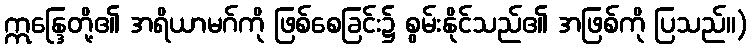
ဣန္ဒြေတို့၏ အရိယာမဂ်ကို ဖြစ်စေခြင်း၌ စွမ်းနိုင်သည်၏ အဖြစ်ကို ပြသည်။)